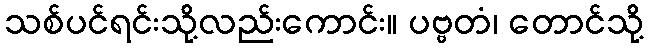
သစ်ပင်ရင်းသို့လည်းကောင်း။ ပဗ္ဗတံ၊ တောင်သို့